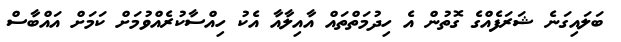
ބަލައިގަނެ ޝަރަފެއްގެ ގޮތުން އެ ހިދުމަތްތައް އާއިލާއާ އެކު ހިއްސާކުރެއްވުމަށް ކަމަށް އައްބާސް